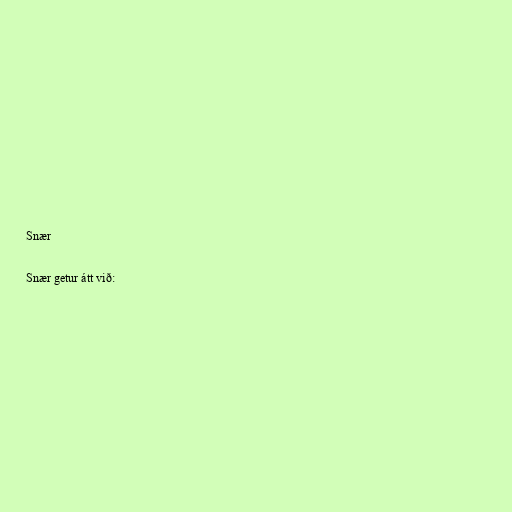
Snær

Snær getur átt við: